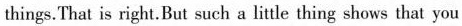
things.That is right.But such a little thing shows that you